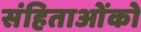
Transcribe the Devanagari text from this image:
संहिताओंको